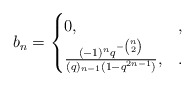
\begin{align*} b_n = \begin{cases}0, &,\\\frac{(-1)^nq^{-\binom{n}{2}}}{(q)_{n-1}(1-q^{2n-1})}, &.\end{cases}\end{align*}